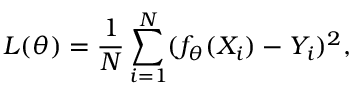
L ( \theta ) = \frac { 1 } { N } \sum _ { i = 1 } ^ { N } ( f _ { \theta } ( X _ { i } ) - Y _ { i } ) ^ { 2 } ,